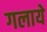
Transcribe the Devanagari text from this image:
गलाये